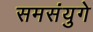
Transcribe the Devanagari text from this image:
समसंयुगे